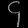
Digit: ၄